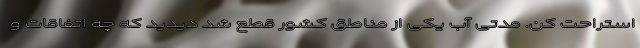
استراحت کن. مدتی آب یکی از مناطق کشور قطع شد دیدید که چه اتفاقات و